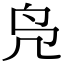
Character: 凫